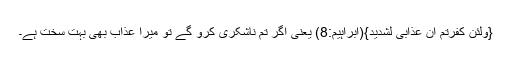
{وَلَئِنْ کَفَرْتُمْ اِنَّ عَذَابِیْ لَشَدِیْدٌ}(ابراہیم:8) یعنی اگر تم ناشکری کرو گے تو میرا عذاب بھی بہت سخت ہے۔